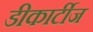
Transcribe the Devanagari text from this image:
डीकार्टीज